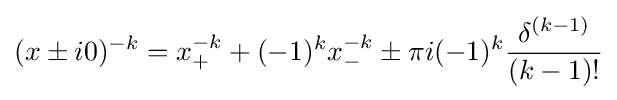
(x\pm i0)^{-k}=x_{+}^{-k}+(-1)^{k}x_{-}^{-k}\pm \pi i(-1)^{k}{\frac {\delta ^{(k-1)}}{(k-1)!}}